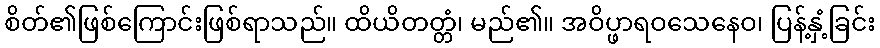
စိတ်၏ဖြစ်ကြောင်းဖြစ်ရာသည်။ ထိယိတတ္တံ၊ မည်၏။ အဝိပ္ဖာရဝသေနေဝ၊ ပြန့်နှံ့ခြင်း